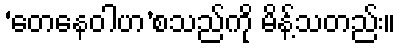
‘တေနေဝါဟ’စသည်ကို မိန့်သတည်း။